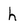
Character: h